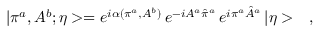
| \pi ^ { a } , A ^ { b } ; \eta > = e ^ { i \alpha ( \pi ^ { a } , A ^ { b } ) } \, e ^ { - i A ^ { a } \hat { \pi } ^ { a } } \, e ^ { i \pi ^ { a } \hat { A } ^ { a } } \, | \eta > \ \ \ ,